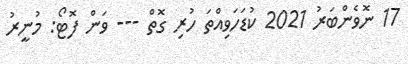
17 ނޮވެންބަރު 2021 ކުޑަހަވިއްތަ ހުރި ގޮތް --- ވަން ފޮޓޯ: މުނީރު